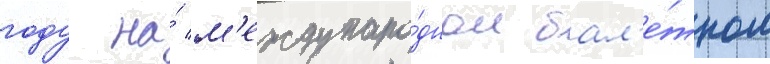
году на́ м'еждунаро́дном бал'е́тном